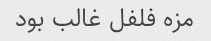
مزه فلفل غالب بود